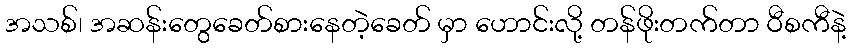
အသစ်၊ အဆန်းတွေခေတ်စားနေတဲ့ခေတ် မှာ ဟောင်းလို့ တန်ဖိုးတက်တာ ဝီစကီနဲ့